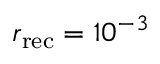
r _ { \mathrm { r e c } } = 1 0 ^ { - 3 }